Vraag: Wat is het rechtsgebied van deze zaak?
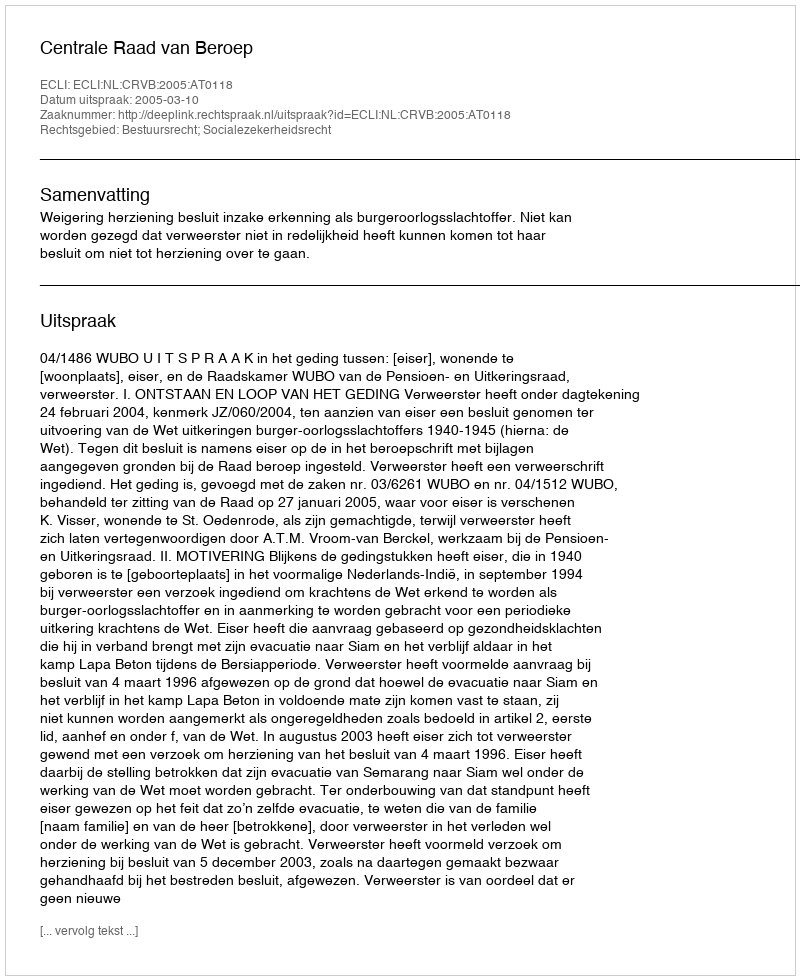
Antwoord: Bestuursrecht; Socialezekerheidsrecht